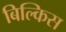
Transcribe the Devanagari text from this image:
बिल्किस